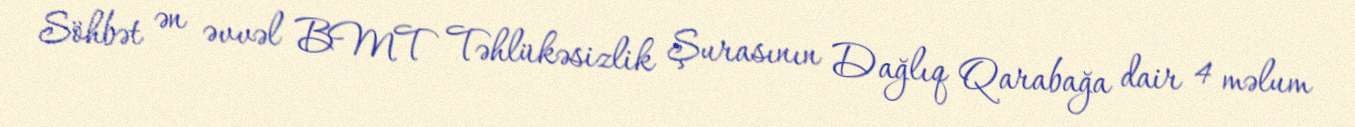
Söhbət ən əvvəl BMT Təhlükəsizlik Şurasının Dağlıq Qarabağa dair 4 məlum